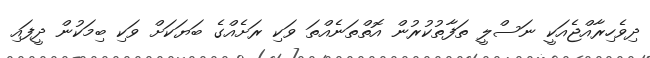
ދިވެހިރާއްޖެއަކީ ނަސްލީ ތަފާތުކުރުން އޮތްތަނެއްތަ ވަކި ރަށެއްގެ ބަޔަކަށް ވަކި ބިމަކުން ދީފައި